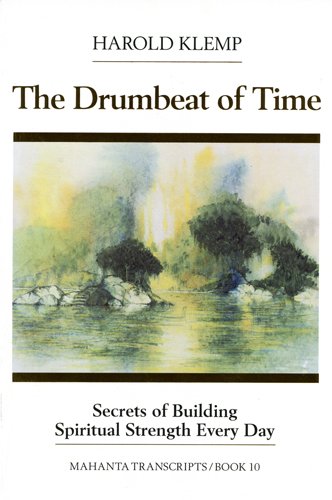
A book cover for The Drumbeat of Time (Mahanta Transcripts, Bk. 10); Harold Klemp; Religion & Spirituality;